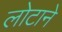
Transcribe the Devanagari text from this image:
लोटाने